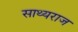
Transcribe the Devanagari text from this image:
साथ्यराज